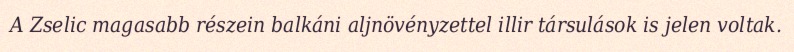
A Zselic magasabb részein balkáni aljnövényzettel illir társulások is jelen voltak.